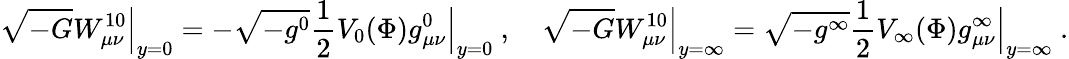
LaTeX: \sqrt{-G}W_{\mu\nu}^{10}\Big|_{y=0}=-\sqrt{-g^{0}}\frac{1}{2}V_{0}(\Phi)g_{\mu\nu}^{0}\Bigr|_{y=0}\ ,\quad\sqrt{-G}W_{\mu\nu}^{10}\Big|_{y=\infty}=\sqrt{-g^{\infty}}\frac{1}{2}V_{\infty}(\Phi)g_{\mu\nu}^{\infty}\Bigr|_{y=\infty}\ .